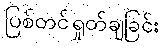
ပြစ်တင်ရှုတ်ချခြင်း